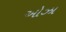
ઓઝા